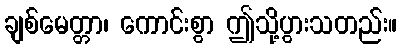
ချစ်မေတ္တာ၊ ကောင်းစွာ ဤသို့ပွားသတည်း။